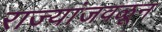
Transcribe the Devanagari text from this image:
राज्यांजवळून